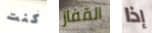
كنت القفاز إذا